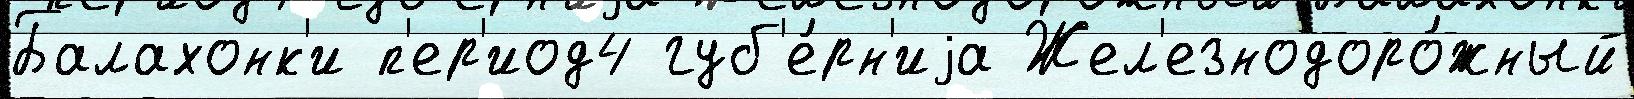
Балахонк'и п'ер'иод4 губ'е́рн'иjа Жел'езнодоро́жный